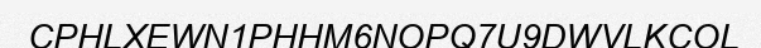
CPHLXEWN1PHHM6NOPQ7U9DWVLKCOL